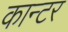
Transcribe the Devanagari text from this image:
कान्टर